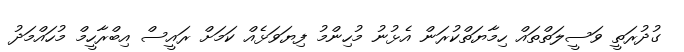
ގުދުރަތީ ވަސީލަތްތައް ހިމާޔަތްކުރަން އެޅުނު މުހިންމު ފިޔަވަޅެއް ކަމަށް ރައީސް އިބްރާހީމް މުހައްމަދު